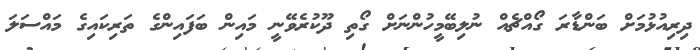
ދިރިއުޅުމަށް ބަންޑާރަ ގޯއްޗެއް ނުލިބޭމީހުންނަށް ގޯތި ދޫކުރެވޭނީ މައިން ބަފައިންގެ ތަރިކައިގެ މައްސަލަ